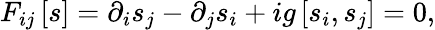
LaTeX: F_{ij}\left[s\right]=\partial_{i}s_{j}-\partial_{j}s_{i}+ig\left[s_{i},s_{j}\right]=0,